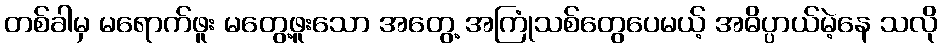
တစ်ခါမှ မရောက်ဖူး မတွေ့ဖူးသော အတွေ့ အကြုံသစ်တွေပေမယ့် အဓိပ္ပာယ်မဲ့နေ သလို